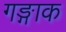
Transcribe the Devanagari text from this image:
गङ्गाक